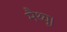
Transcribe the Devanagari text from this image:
मैथ्यू।